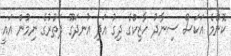
ކޮންމެ އަކަސް ސިނާދު ހާޒިކްގެ ދިގު އަދި އުނދަގޫ ދަތުރުގެ ނިމުން އައީ